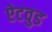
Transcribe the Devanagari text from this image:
ऐटवुड